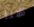
هنا